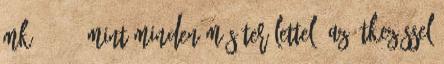
Mk 7:19 . Mint minden más területtel, az étkezéssel